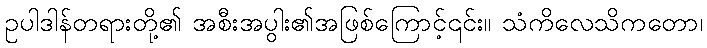
ဥပါဒါန်တရားတို့၏ အစီးအပွါး၏အဖြစ်ကြောင့်၎င်း။ သံကိလေသိကတော၊